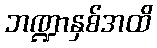
ဘဏ္ဍာနှစ်အထိ